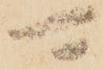
可